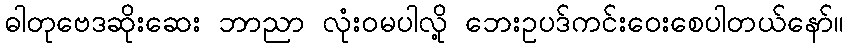
ဓါတုဗေဒဆိုးဆေး ဘာညာ လုံးဝမပါလို့ ဘေးဥပဒ်ကင်းဝေးစေပါတယ်နော်။